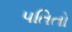
પતિતો